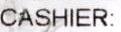
CASHIER: